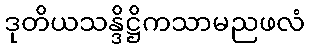
ဒုတိယသန္ဒိဋ္ဌိကသာမညဖလံ